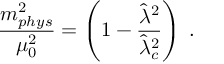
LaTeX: \frac { m _ { p h y s } ^ { 2 } } { \mu _ { 0 } ^ { 2 } } = \left( 1 - \frac { { { \hat { \lambda } ^ { 2 } } } } { { { \hat { \lambda } } _ { c } ^ { 2 } } } \right) \; .